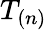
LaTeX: T_{(n)}